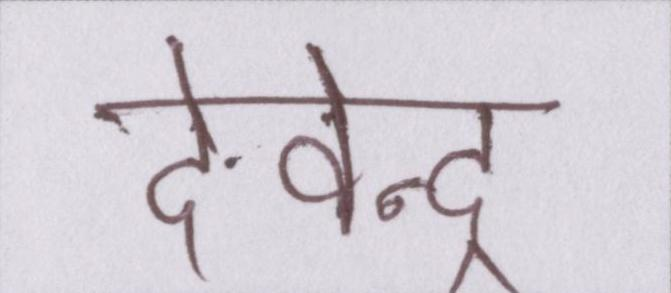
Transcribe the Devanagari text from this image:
देवेन्द्र